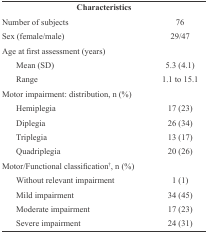
<table><thead><tr><td><b>Characteristics</b></td><td></td></tr></thead><tbody><tr><td>Number of subjects</td><td>76</td></tr><tr><td>Sex(female/male)</td><td>29/47</td></tr><tr><td>Age atfirst assessment (years)</td><td></td></tr><tr><td>Mean(SD)</td><td>5.3 (4.1)</td></tr><tr><td>Range</td><td>1.1 to 15.1</td></tr><tr><td>Motorimpairment: distribution, n (%)</td><td></td></tr><tr><td>Hemiplegia</td><td>17 (23)</td></tr><tr><td>Diplegia</td><td>26 (34)</td></tr><tr><td>Triplegia</td><td>13 (17)</td></tr><tr><td>Quadriplegia</td><td>20 (26)</td></tr><tr><td>Motor/Functional classification†, n (%)</td><td></td></tr><tr><td>Withoutrelevant impairment</td><td>1 (1)</td></tr><tr><td>Mildimpairment</td><td>34 (45)</td></tr><tr><td>Moderate impairment</td><td>17 (23)</td></tr><tr><td>Severe impairment</td><td>24 (31)</td></tr></tbody></table>